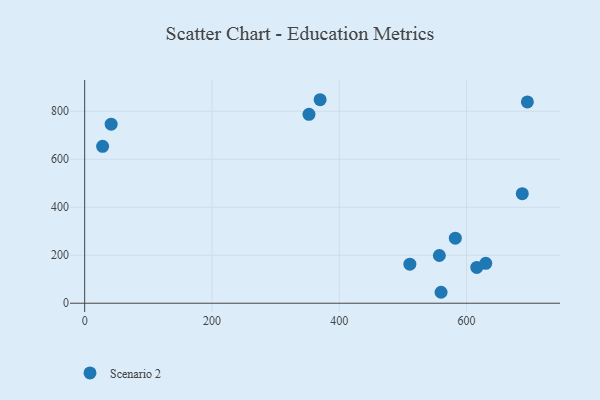
{"axis": {"x": "Speed", "y": "Fuel Efficiency"}, "legend": ["Scenario 2"], "data": [{"x": "559.9", "y": 45.6, "type": "Scenario 2"}, {"x": "582.3", "y": 271.1, "type": "Scenario 2"}, {"x": "510.9", "y": 162.6, "type": "Scenario 2"}, {"x": "352.4", "y": 787.1, "type": "Scenario 2"}, {"x": "687.5", "y": 456.3, "type": "Scenario 2"}, {"x": "41.6", "y": 746.2, "type": "Scenario 2"}, {"x": "369.9", "y": 848.0, "type": "Scenario 2"}, {"x": "695.5", "y": 838.9, "type": "Scenario 2"}, {"x": "616.0", "y": 149.2, "type": "Scenario 2"}, {"x": "557.2", "y": 198.9, "type": "Scenario 2"}, {"x": "630.1", "y": 166.3, "type": "Scenario 2"}, {"x": "28.2", "y": 654.0, "type": "Scenario 2"}]}